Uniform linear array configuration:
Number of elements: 64
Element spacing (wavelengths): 0.25
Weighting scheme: cosine
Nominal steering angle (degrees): -60
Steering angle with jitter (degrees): -59.212
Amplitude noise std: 0.05
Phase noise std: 0.05

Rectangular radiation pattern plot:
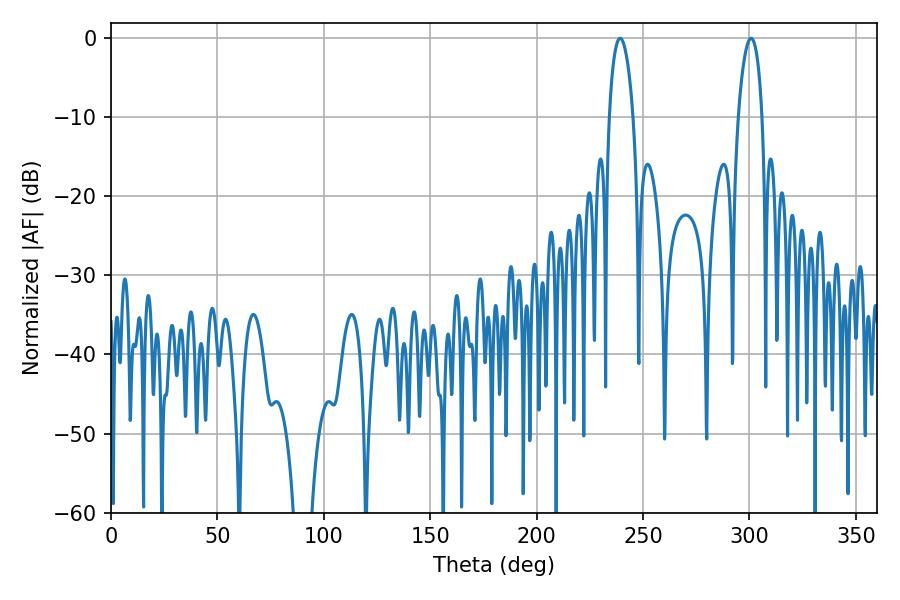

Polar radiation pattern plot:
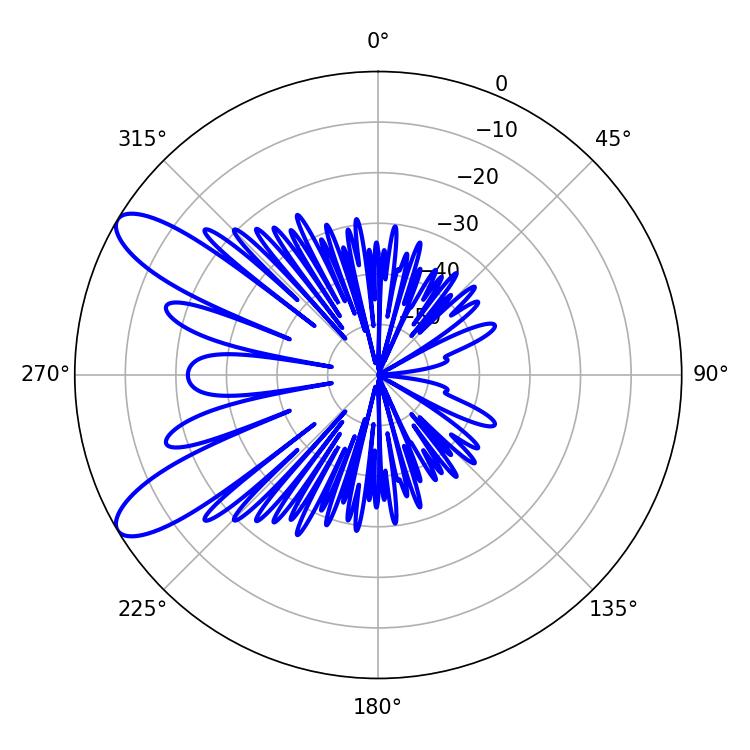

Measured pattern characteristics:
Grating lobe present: FALSE
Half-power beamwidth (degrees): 6.48
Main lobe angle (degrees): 239.22